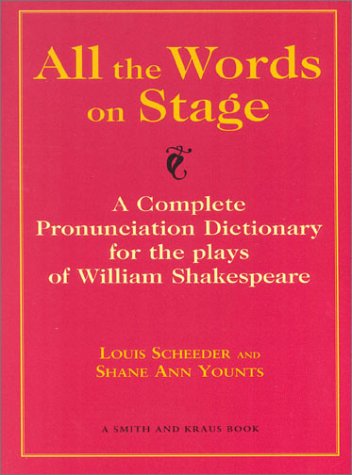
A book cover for All the Words on Stage: A Complete Pronunciation Dictionary for the Plays of William Shakespeare; Louis Scheeder; Humor & Entertainment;